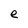
Character: e